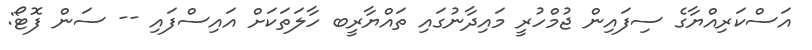
އަސްކަރިއްޔާގެ ސިފައިން ޖުމްހުރީ މައިދާނުގައި ތައްޔާރީބ ހާލަތަކަށް އައިސްފައި -- ސަން ފޮޓޯ: